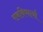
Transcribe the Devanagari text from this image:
राबविणार्या